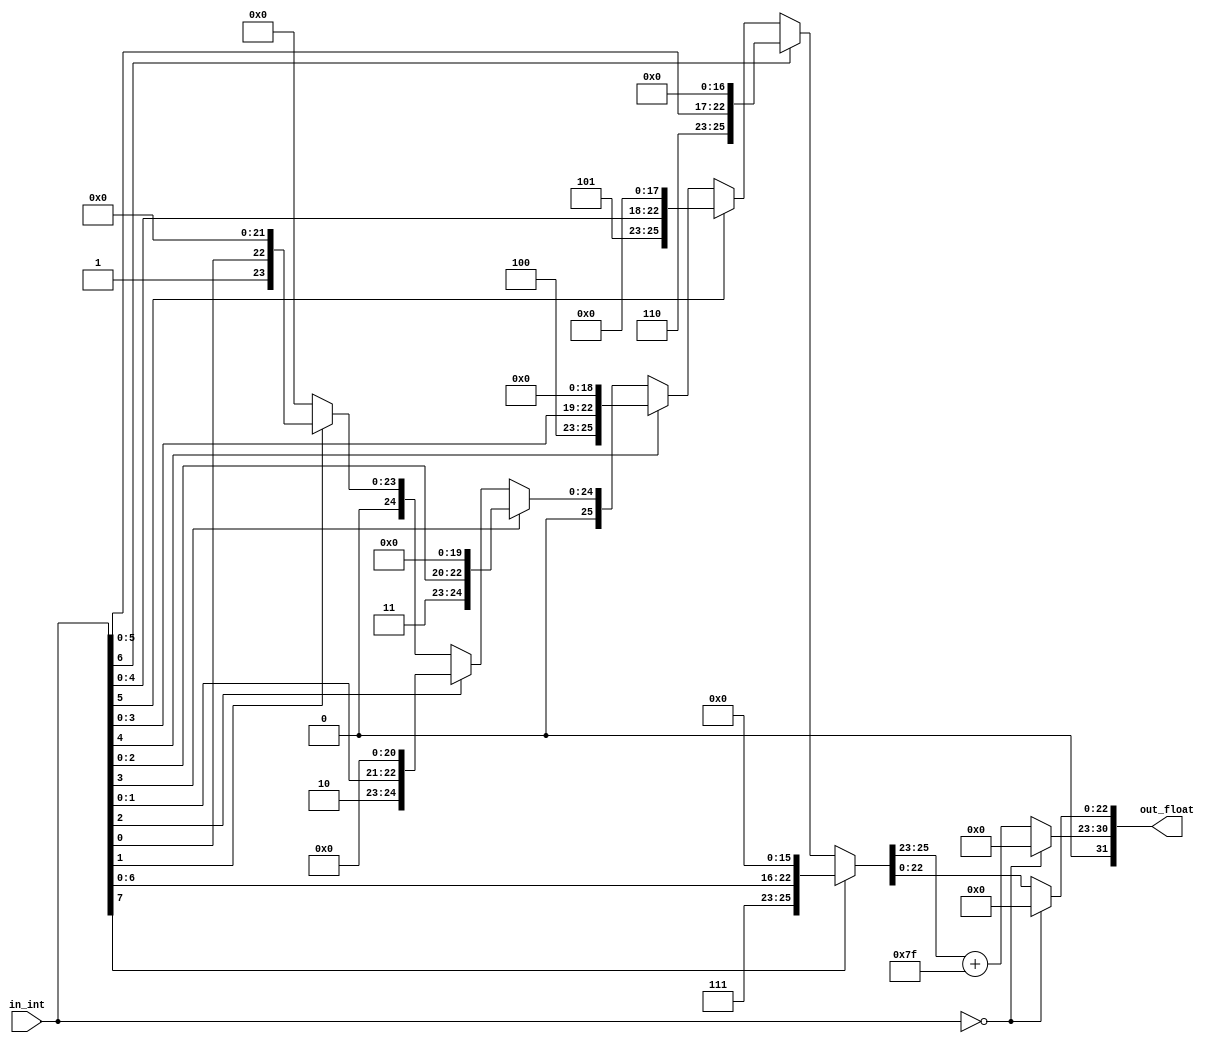
module inttofloat(in_int,out_float);

input [7:0]in_int;
output [31:0]out_float;

wire [7:0]exponent;
wire [22:0]mantissa;

assign {exponent,mantissa} = (in_int[7] == 1'b1) ? {8'd7,{in_int[6:0],16'd0}} :
                             (in_int[6] == 1'b1) ? {8'd6,{in_int[5:0],17'd0}} :
                             (in_int[5] == 1'b1) ? {8'd5,{in_int[4:0],18'd0}} :
									  (in_int[4] == 1'b1) ? {8'd4,{in_int[3:0],19'd0}} :
									  (in_int[3] == 1'b1) ? {8'd3,{in_int[2:0],20'd0}} :
									  (in_int[2] == 1'b1) ? {8'd2,{in_int[1:0],21'd0}} :
									  (in_int[1] == 1'b1) ? {8'd1,{in_int[0],22'd0}} : {8'd0,23'd0};
assign out_float[31] = 1'b0;
assign out_float[30:23] = (in_int == 8'd0) ? 8'd0 : exponent + 8'd127;
assign out_float[22:0] = (in_int == 8'd0) ? 23'd0 : mantissa; 
endmodule